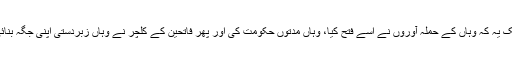
ایک یہ کہ وہاں کے حملہ آوروں نے اسے فتح کیا، وہاں مدتوں حکومت کی اور پھر فاتحین کے کلچر نے وہاں زبردستی اپنی جگہ بنائی۔